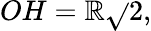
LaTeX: OH=\mathbb{R}{\sqrt{}{{2}}},